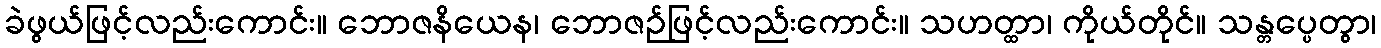
ခဲဖွယ်ဖြင့်လည်းကောင်း။ ဘောဇနိယေန၊ ဘောဇဉ်ဖြင့်လည်းကောင်း။ သဟတ္ထာ၊ ကိုယ်တိုင်။ သန္တပ္ပေတွာ၊